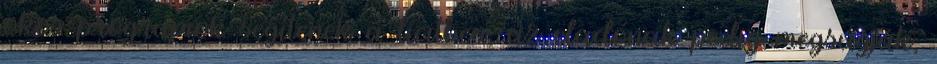
okos programok segítenek a licitben, az eladónak pedig megsúgják,